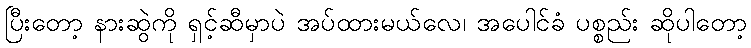
ပြီးတော့ နားဆွဲကို ရှင့်ဆီမှာပဲ အပ်ထားမယ်လေ၊ အပေါင်ခံ ပစ္စည်း ဆိုပါတော့